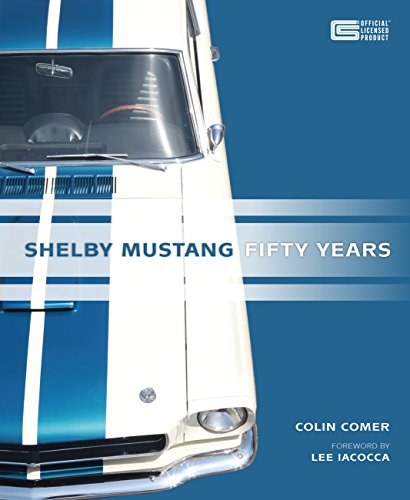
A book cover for Shelby Mustang Fifty Years; Colin Comer; Engineering & Transportation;